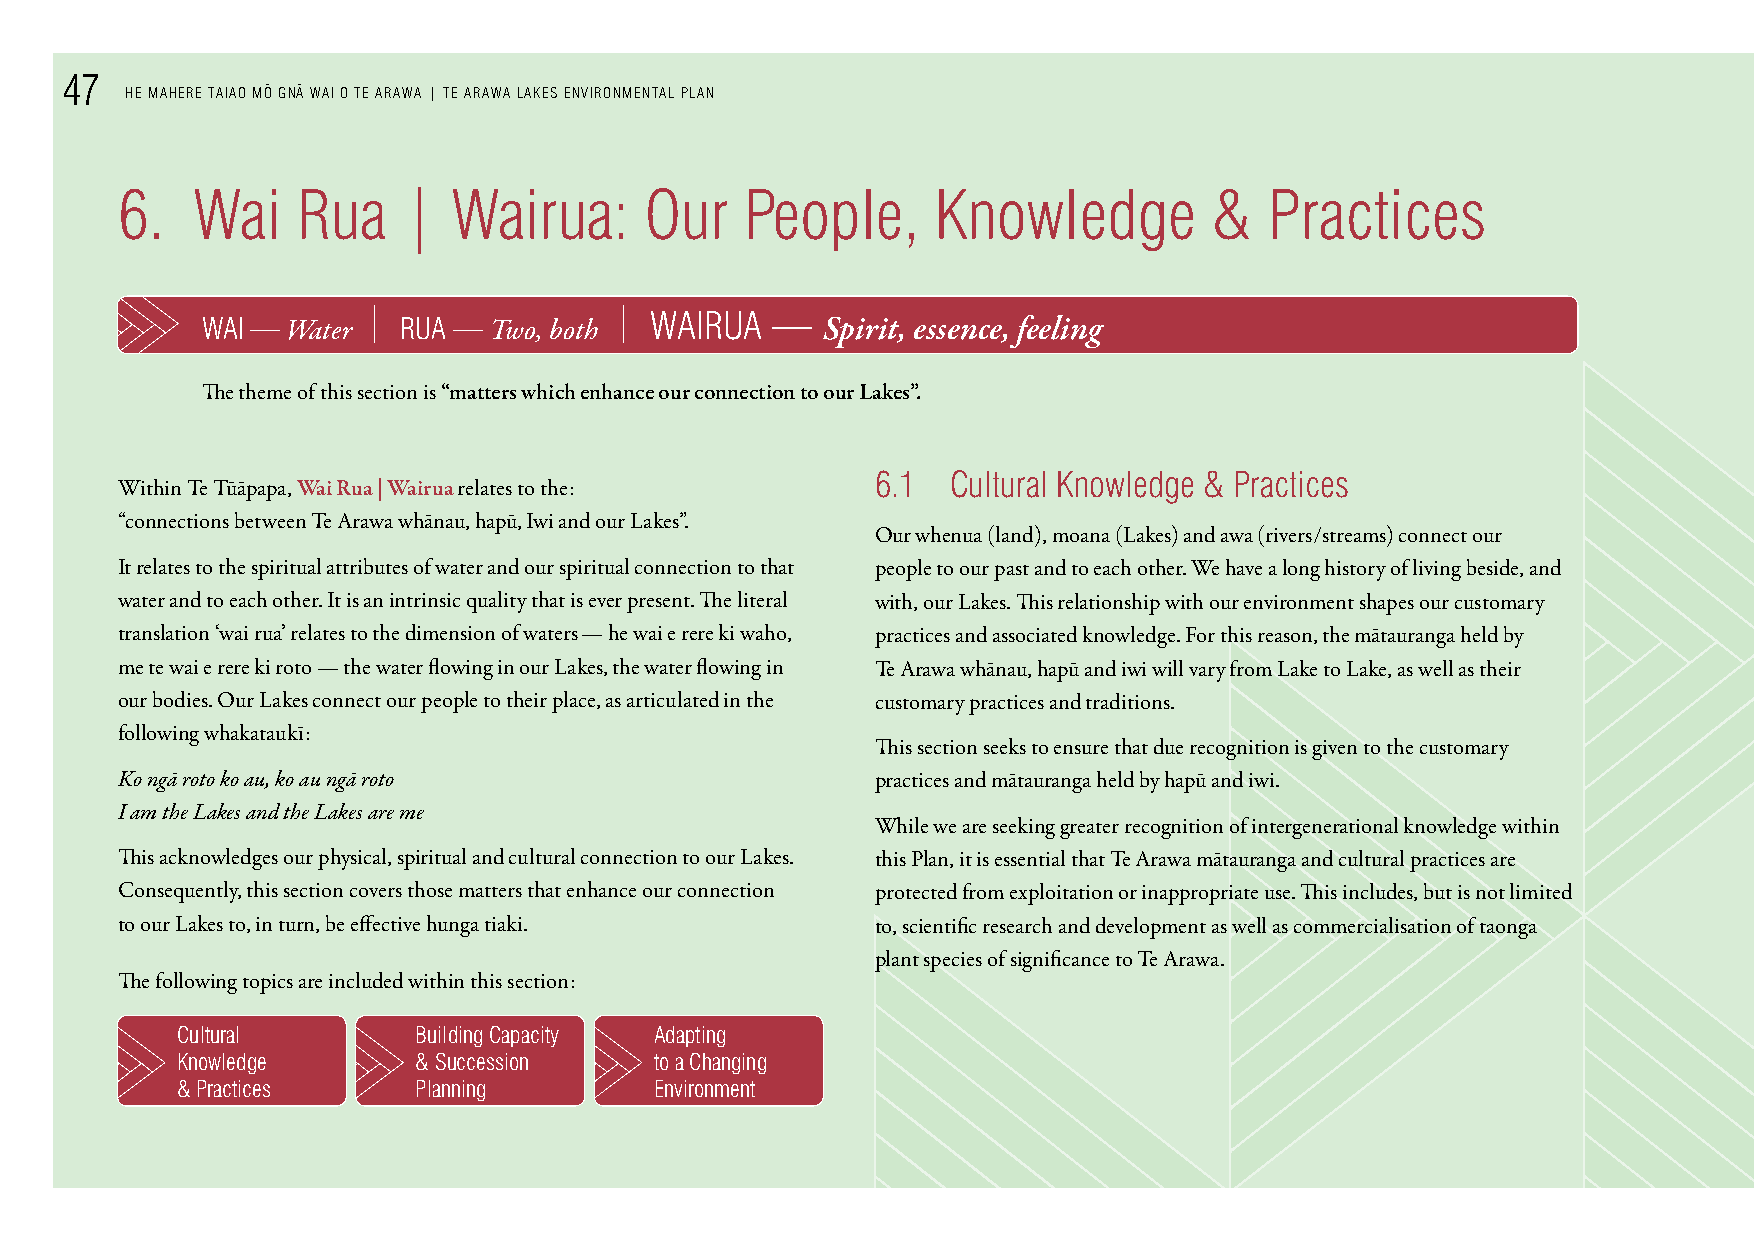
47
 He MAHere TAIAo M o¯ Gn¯A WAI o Te ArAWA | Te ArAWA LAkes enVIronMenTAL PLAn
 6.   Wai    rua    |  Wairua:      our   People,      knowledge         &   Practices
 WAI — Water | ruA — Two, both | WAIruA —  Spirit, essence, feeling
 The theme of this section is “matters which enhance our connection to our Lakes”.
 6.1  Cultural knowledge & Practices
 Within Te Tūāpapa, Wai Rua | Wairua relates to the:
 “connections between Te Arawa whānau, hapū, Iwi and our Lakes”.
 Our whenua (land), moana (Lakes) and awa (rivers/streams) connect our
 It relates to the spiritual attributes of water and our spiritual connection to that people to our past and to each other. We have a long history of living beside, and
 water and to each other. It is an intrinsic quality that is ever present. The literal with, our Lakes. This relationship with our environment shapes our customary
 translation ‘wai rua’ relates to the dimension of waters — he wai e rere ki waho, practices and associated knowledge. For this reason, the mātauranga held by
 me te wai e rere ki roto — the water flowing in our Lakes, the water flowing in Te Arawa whānau, hapū and iwi will vary from Lake to Lake, as well as their
 our bodies. Our Lakes connect our people to their place, as articulated in the customary practices and traditions.
 following whakataukī:
 This section seeks to ensure that due recognition is given to the customary
 Ko ngā roto ko au, ko au ngā roto                 practices and mātauranga held by hapū and iwi.
 I am the Lakes and the Lakes are me
 While we are seeking greater recognition of intergenerational knowledge within
 This acknowledges our physical, spiritual and cultural connection to our Lakes. this Plan, it is essential that Te Arawa mātauranga and cultural practices are
 Consequently, this section covers those matters that enhance our connection protected from exploitation or inappropriate use. This includes, but is not limited
 to our Lakes to, in turn, be effective hunga tiaki. to, scientific research and development as well as commercialisation of taonga
 plant species of significance to Te Arawa.
 The following topics are included within this section:
 Cultural        Building Capacity Adapting
 knowledge       & succession   to a Changing
 & Practices     Planning       environment